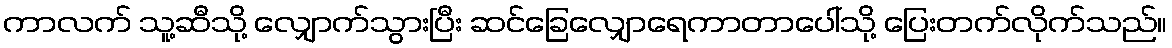
ကာလက် သူ့ဆီသို့ လျှောက်သွားပြီး ဆင်ခြေလျှောရေကာတာပေါ်သို့ ပြေးတက်လိုက်သည်။